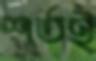
শর্তই